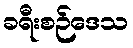
ခရီးစဉ်ဒေသ